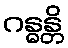
ဂန္ဓန္တိ